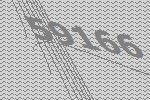
59166